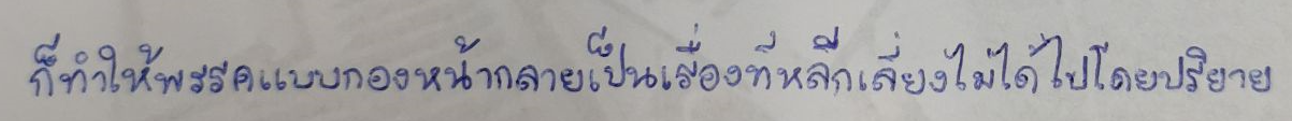
ก็ทำให้พรรคแบบกองหน้ากลายเป็นเรื่องที่หลีกเลี่ยงไม่ได้ไปโดยปริยาย